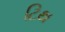
ટિથ